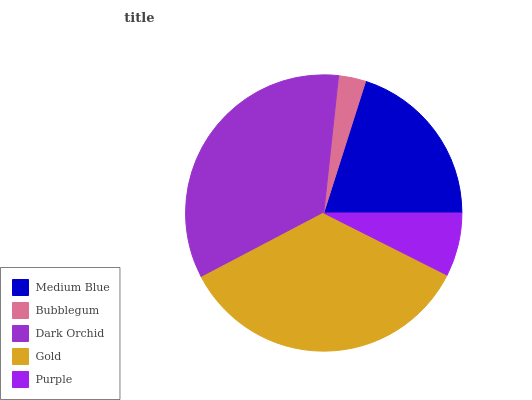
| Medium Blue | Bubblegum | Dark Orchid | Gold | Purple |
 | --- | --- | --- | --- | --- |
 | 20.1% | 3.19% | 34.4% | 34.9% | 7.43% |